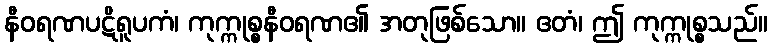
နီဝရဏပဋိရူပကံ၊ ကုက္ကုစ္စနီဝရဏ၏ အတုဖြစ်သော။ ဧတံ၊ ဤ ကုက္ကုစ္စသည်။